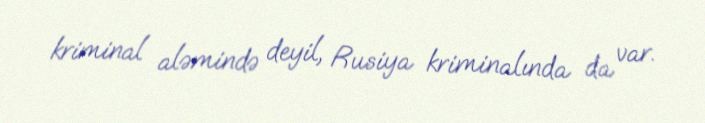
kriminal aləmində deyil, Rusiya kriminalında da var.